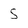
Character: s